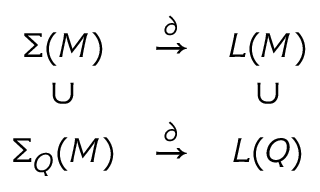
\begin{array} { c c c } { { \Sigma ( M ) } } & { { \stackrel { \partial } { \to } } } & { { L ( M ) } } \\ { { \cup } } & { { } } & { { \cup } } \\ { { \Sigma _ { Q } ( M ) } } & { { \stackrel { \partial } { \to } } } & { { L ( Q ) } } \end{array}